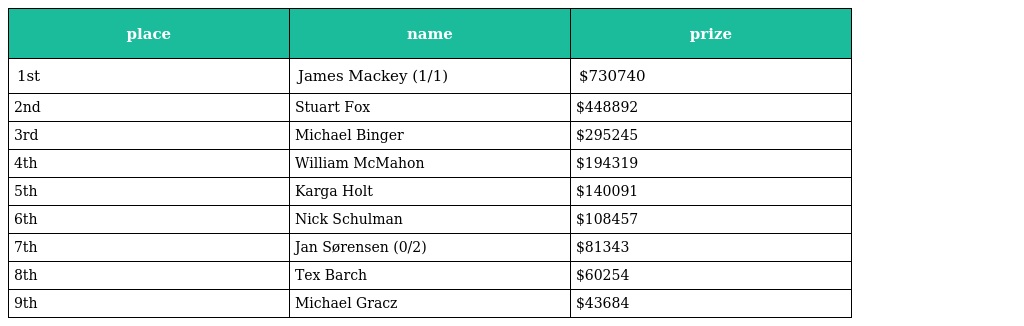
| place | name | prize |
 | --- | --- | --- |
 | 1st | James Mackey (1/1) | $730740 |
 | 2nd | Stuart Fox | $448892 |
 | 3rd | Michael Binger | $295245 |
 | 4th | William McMahon | $194319 |
 | 5th | Karga Holt | $140091 |
 | 6th | Nick Schulman | $108457 |
 | 7th | Jan Sørensen (0/2) | $81343 |
 | 8th | Tex Barch | $60254 |
 | 9th | Michael Gracz | $43684 |